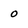
Character: 0